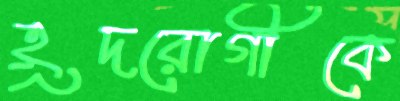
হূদরোগীকে